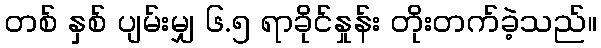
တစ် နှစ် ပျမ်းမျှ ၆.၅ ရာခိုင်နှုန်း တိုးတက်ခဲ့သည်။